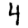
Digit: 4